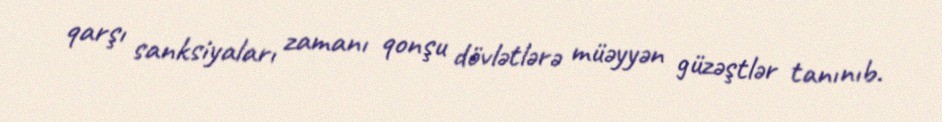
qarşı sanksiyaları zamanı qonşu dövlətlərə müəyyən güzəştlər tanınıb.